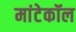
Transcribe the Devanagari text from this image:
मांटेकॉल